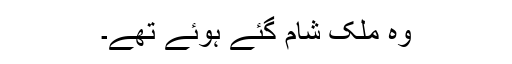
وہ ملک شام گئے ہوئے تھے۔